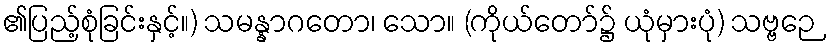
၏ပြည့်စုံခြင်းနှင့်။) သမန္နာဂတော၊ သော။ (ကိုယ်တော်၌ ယုံမှားပုံ) သဗ္ဗဉေ